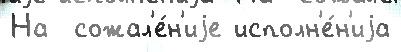
На  сожал'е́н'иjе исполн'е́н'иjа